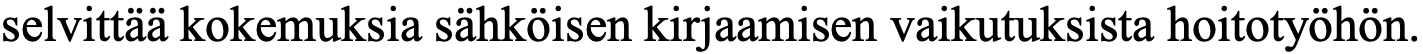
selvittää kokemuksia sähköisen kirjaamisen vaikutuksista hoitotyöhön.